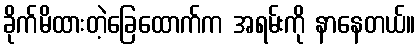
ခိုက်မိထားတဲ့ခြေထောက်က အရမ်းကို နာနေတယ်။